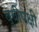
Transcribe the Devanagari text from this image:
बूबीपक्षी